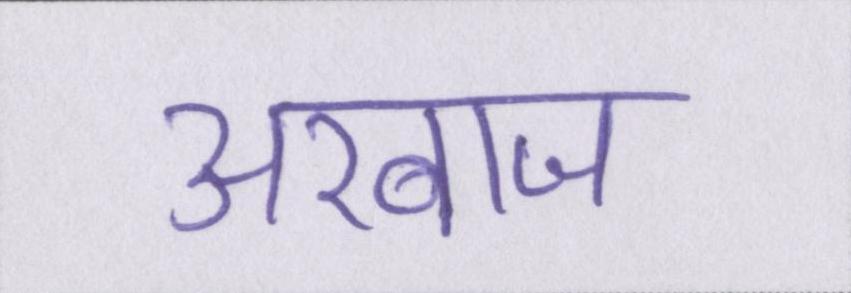
अरबाज